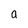
Character: a